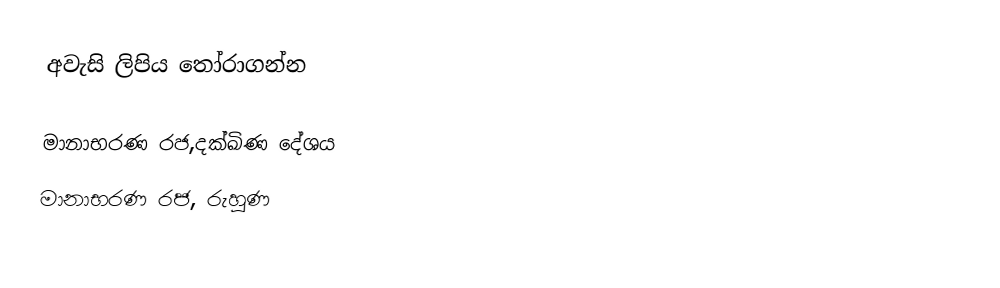
අවැසි ලිපිය තෝරාගන්න

 මානාභරණ රජ,දක්ඛිණ දේශය
 මානාභරණ රජ, රුහුණ